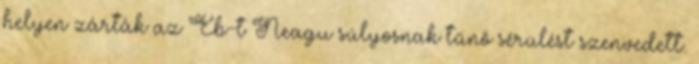
helyen zárták az Eb-t Neagu súlyosnak tűnő sérülést szenvedett.